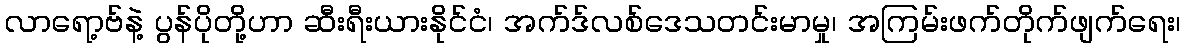
လာရော့ဗ်နဲ့ ပွန်ပိုတို့ဟာ ဆီးရီးယားနိုင်ငံ၊ အက်ဒ်လစ်ဒေသတင်းမာမှု၊ အကြမ်းဖက်တိုက်ဖျက်ရေး၊